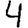
Digit: 4